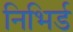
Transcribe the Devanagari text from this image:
निभिर्ड